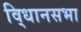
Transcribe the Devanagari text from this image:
वि्धानसभा